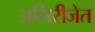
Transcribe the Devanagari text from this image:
अभिरीजेत